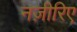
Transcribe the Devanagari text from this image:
नज़ीरिए